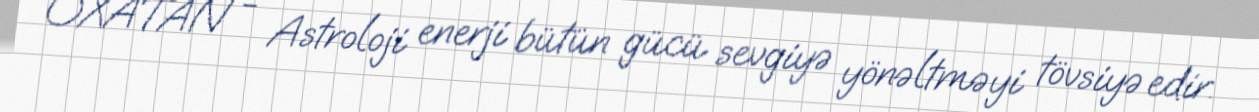
OXATAN - Astroloji enerji bütün gücü sevgiyə yönəltməyi tövsiyə edir.